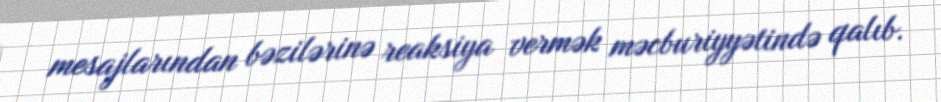
mesajlarından bəzilərinə reaksiya vermək məcburiyyətində qalıb.